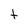
Character: t